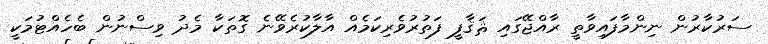
ސަރުކާރުން ނިންމާފައިވާތީ ރާއްޖޭގައި ޘަޤާފީ ފަތުރުވެރިކަމެއް އާލާކުރެވޭނެ ގޮތަކާ މެދު ވިސްނުން ބެހެއްޓުމަކީ